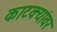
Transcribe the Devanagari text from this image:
काटक्यांवर